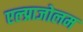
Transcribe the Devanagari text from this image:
एल्प्राजोलम